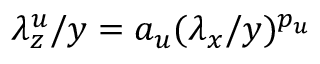
\lambda _ { z } ^ { u } / y = a _ { u } ( \lambda _ { x } / y ) ^ { p _ { u } }